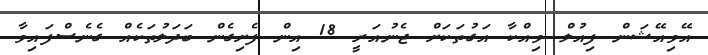
އޭވިއޭޝަން ފިއުލް ވިއްކާ އަގުތަކަށް ޖެނުއަރީ 18 އިން ފެށިގެން ބަދަލުތަކެއް ގެނެސްފައިވާ